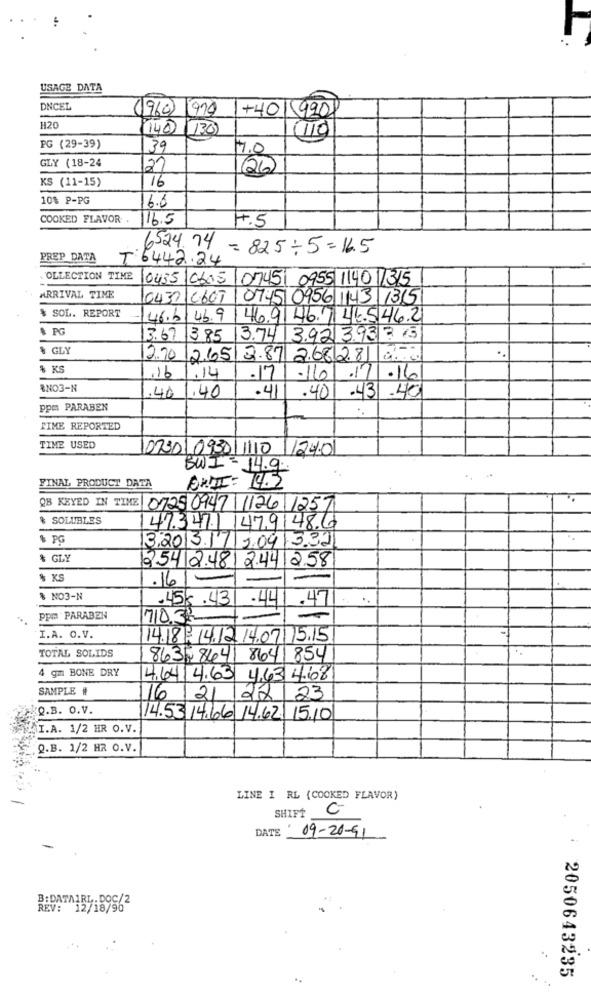
USAGE DATA
DNCEL
(1960) 919
+401 990
H20
140 (130)
1110
PG (29-39)
39
1.O
GLY (18-24
27
(26)
KS (11-15)
16
10% P-PG
6.6
COOKED FLAVOR.
16.5
4.5
6524.74
= 825+5=16.5
PREP DATA
T 6442.24
OLLECTION TIME
0435 0605 07451 0955 1140 11315
ARRIVAL TIME
0432 C667
0745 0956 1143 1315
$ SOL. REPORT
46.6. 46.9
146.9146.46.5.46.21
$ PG
3.67 3.85
13.74 3.92 3.93 3.3
% GLY
2.70 2.65/ 2.87 2.682.81 .
% KS
.14
,16
.17
.110
17.16
RNO3-N
.40
,40
.41
.40
-431.40
ppm PARABEN
TIME REPORTED
TIME USED
0130/ 09301110 1240
BWI= 14.9.
FINAL PRODUCT DATA
AWII: 14.2
QB KEYED IN TIME 0725 0947 1126 1257
& SOLUBLES
147.347.1 147.9148.6
% PG
3.20 13.17/9.091332
& GLY
2.54 2.481 2.44 258
% KS
.16
$ NO3-N
.45€.43
.44
.47
ppm PARABEN
710.33
I.A. O.V.
14.18 : 14.12.14.07/ 15.15
TOTAL SOLIDS
8635 8441 8641 854
4 gm BONE DRY
4.64 4.63 4.63 4.668
SAMPLE #
16 21 22 23
Q.B. O.V.
14.53 14.66 14.62. 15.10
I.A. 1/2 HR O.V.
Q.B. 1/2 HR O.V.
LINE I RL (COOKED FLAVOR)
SHIFT
C
DATE
09-20-91
B:DATA1RI. DOC/2
REV: 12/18/90
2050643235